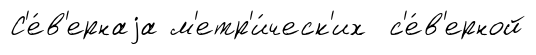
С'е́в'ернаjа м'етр'и́ческ'их с'е́в'ерной